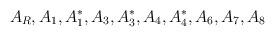
LaTeX: \begin{align*}A_R, A_1, A_1^*, A_3, A_3^*, A_4, A_4^*, A_6, A_7, A_8\end{align*}